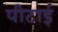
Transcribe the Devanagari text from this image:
पीटाई